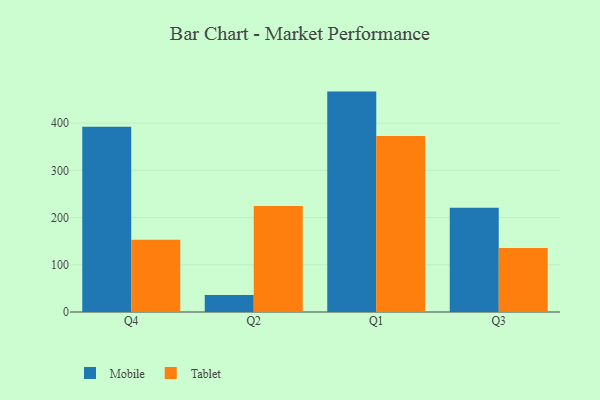
{"axis": {"x": "Quarter", "y": "Latency (ms)"}, "legend": ["Mobile", "Tablet"], "data": [{"x": "Q4", "y": 392.3, "type": "Mobile"}, {"x": "Q4", "y": 153.0, "type": "Tablet"}, {"x": "Q2", "y": 35.9, "type": "Mobile"}, {"x": "Q2", "y": 224.4, "type": "Tablet"}, {"x": "Q1", "y": 466.8, "type": "Mobile"}, {"x": "Q1", "y": 372.7, "type": "Tablet"}, {"x": "Q3", "y": 220.8, "type": "Mobile"}, {"x": "Q3", "y": 135.8, "type": "Tablet"}]}